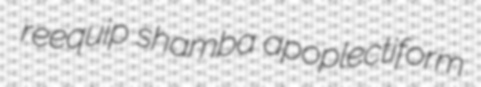
reequip shamba apoplectiform